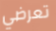
تعرضي